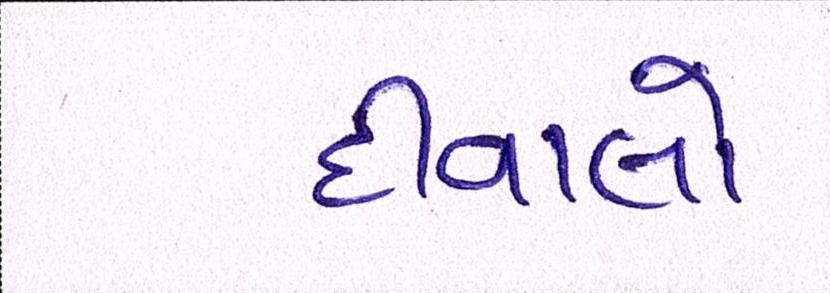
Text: દીવાલો